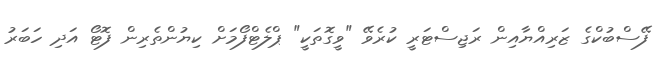
ފޭސްބުކްގެ ޒަރިއްޔާއިން ރަޖިސްޓަރީ ކުރެވޭ "ވީގޮތަކީ" ޕްލެޓްފޯމަށް ކިޔުންތެރިން ފޮޓޯ އަދި ހަބަރު